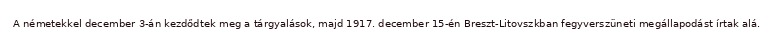
A németekkel december 3-án kezdődtek meg a tárgyalások, majd 1917. december 15-én Breszt-Litovszkban fegyverszüneti megállapodást írtak alá.